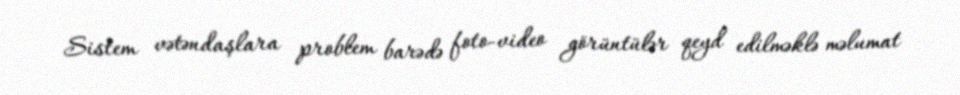
Sistem vətəndaşlara problem barədə foto-video görüntülər qeyd edilməklə məlumat